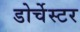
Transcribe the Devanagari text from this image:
डोर्चेस्टर